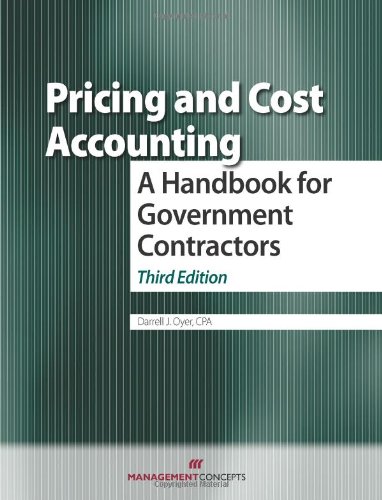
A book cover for Pricing and Cost Accounting: A Handbook for Government Contractors Third Edition; Darrell J. Oyer; Law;